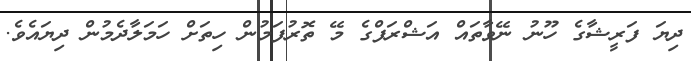
ދިޔަ ފަރީޝާގެ ހޫނު ނޭވާތައް އަޝްރަފްގެ މޭ ތޮރުފަމުން ހިތަށް ހަމަލާދެމުން ދިޔައެވެ.